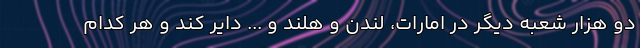
دو هزار شعبه دیگر در امارات، لندن و هلند و ... دایر کند و هر کدام